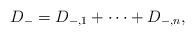
LaTeX: \begin{align*}D_-=D_{-,1}+\cdots + D_{-,n},\end{align*}